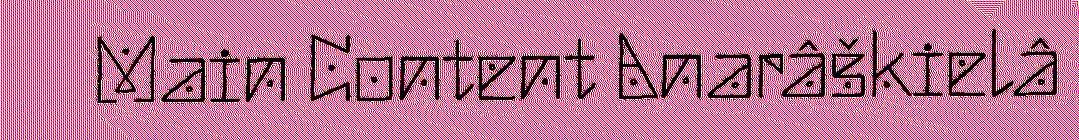
Main Content Anarâškielâ